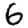
Digit: 6